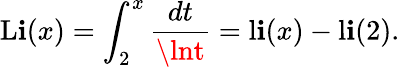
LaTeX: \operatorname{L\mathbf{i}}(x)=\int_{2}^{x}{\frac{{dt}}{{\lnt}}}=\operatorname{l\mathbf{i}}(x)-\operatorname{l\mathbf{i}}(2).